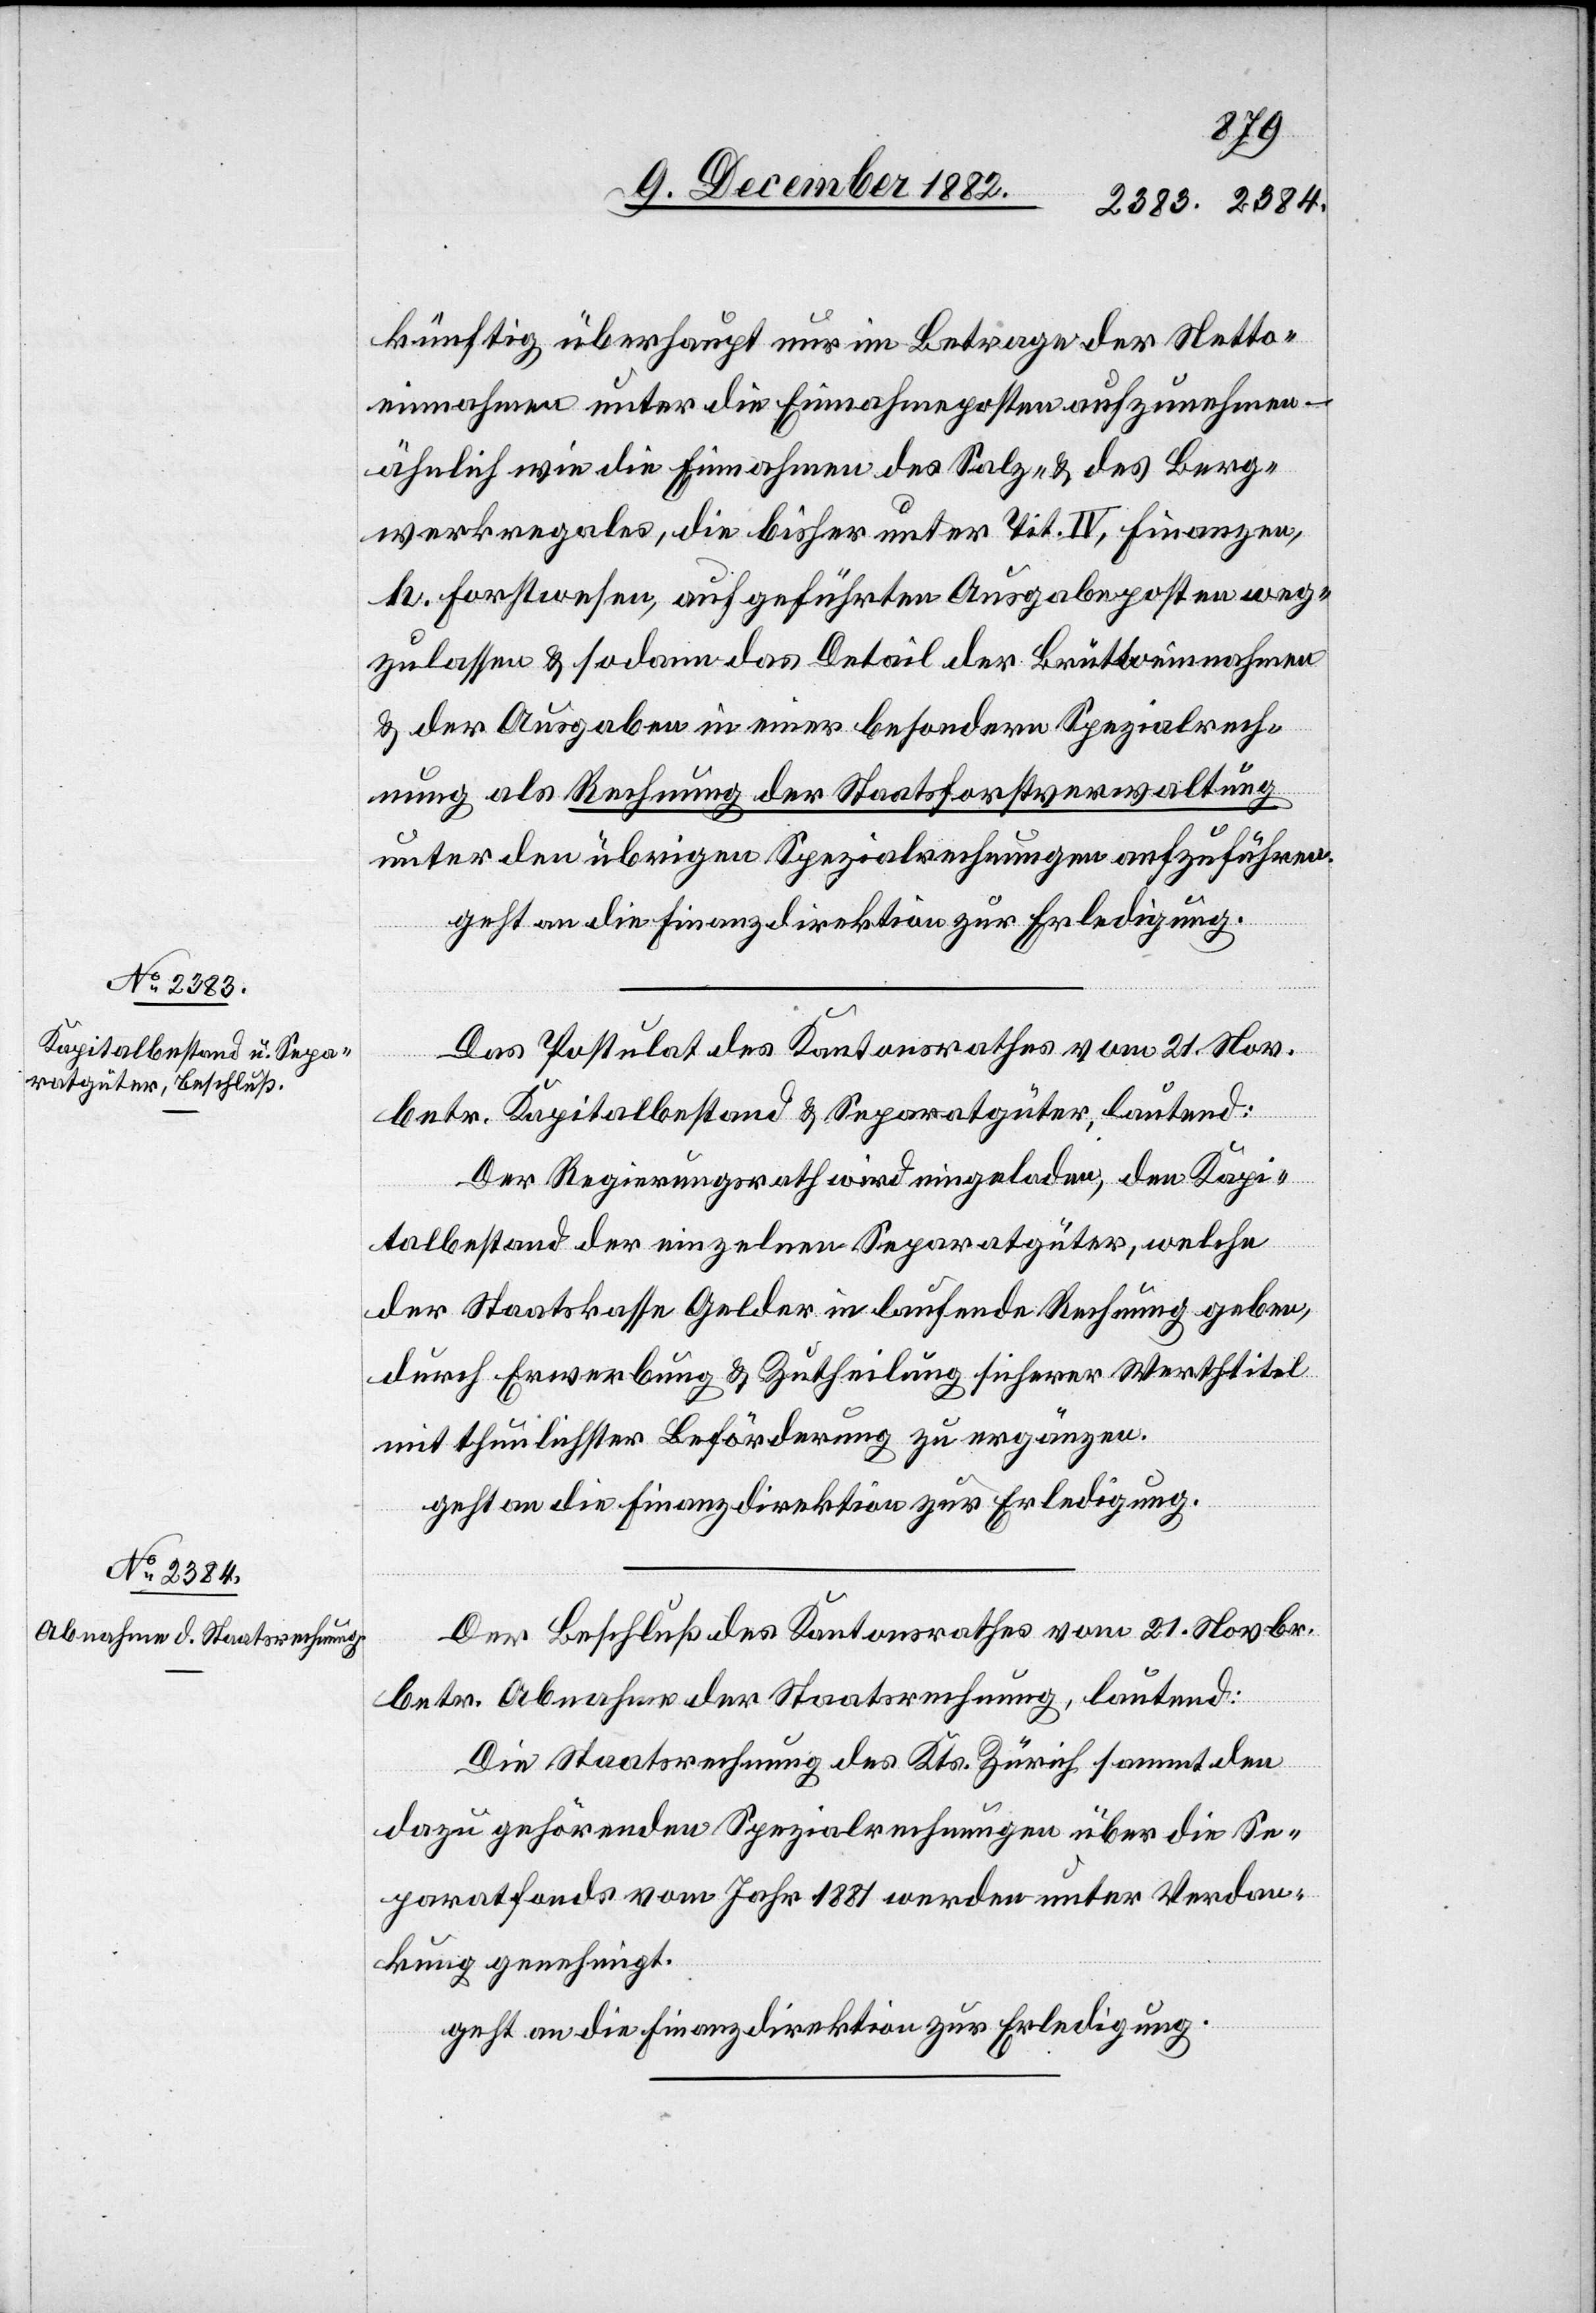
künftig überhaupt nur im Betrage der Netto¬
einnahmen unter die Einnahmeposten aufzunehmen –
ähnlich wie die Einnahme des Salz- & des Berg¬
werkregals, die bisher unter Tit. IV, Finanzen,
h. Forstwesen, aufgeführten Ausgabeposten weg¬
zulassen & sodann das Detail der Brüttoeinnahmen
& der Ausgaben in einer besondern Spezialrech¬
nung als Rechnung der Staatsforstverwaltung
unter den übrigen Spezialrechnungen aufzuführen.
geht an die Finanzdirektion zur Erledigung.
Das Postulat des Kantonsrathes vom 21. Nov.
betr. Kapitalbestand & Separatgüter, lautend:
Der Regierungsrath wird eingeladen, den Kapi¬
talbestand der einzelnen Separatgüter, welche
der Staatskasse Gelder in laufende Rechnung geben,
durch Erwerbung & Zutheilung sicherer Werthtitel
mit thunlichster Beförderung zu ergänzen.
geht an die Finanzdirektion zur Erledigung.
Der Beschluß des Kantonsrathes vom 21. Novbr.
betr. Abnahme der Staatsrechnung, lautend:
Die Staatsrechnung des Kts. Zürich sammt
dazu gehörenden Spezialrechnungen über die Se¬
paratfonds vom Jahr 1881 werden unter Verdan¬
kung genehmigt.
geht an die Finanzdirektion zur Erledigung.